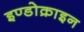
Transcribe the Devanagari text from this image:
इण्डोक्राइन